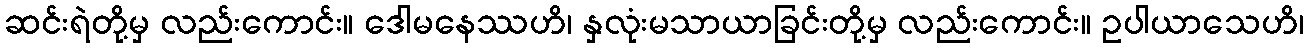
ဆင်းရဲတို့မှ လည်းကောင်း။ ဒေါမနေဿဟိ၊ နှလုံးမသာယာခြင်းတို့မှ လည်းကောင်း။ ဥပါယာသေဟိ၊